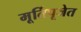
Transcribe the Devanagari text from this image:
मूर्तिपूजेत